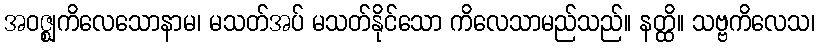
အဝဇ္ဈကိလေသောနာမ၊ မသတ်အပ် မသတ်နိုင်သော ကိလေသာမည်သည်။ နတ္ထိ။ သဗ္ဗကိလေသ၊